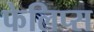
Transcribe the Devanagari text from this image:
फेलिप्स